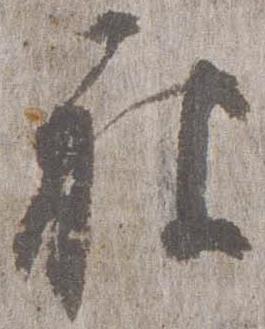
被